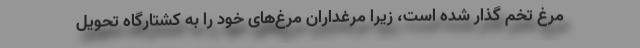
مرغ تخم گذار شده است، زیرا مرغداران مرغ‌های خود را به کشتارگاه تحویل